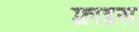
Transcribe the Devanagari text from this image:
फ़्राइस